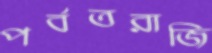
পর্বতরাজি